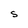
Character: S